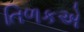
તિળકએ